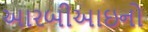
આરબીઆઇનો